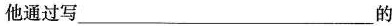
他通过写___的